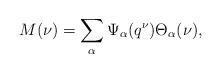
LaTeX: \begin{align*}M(\nu) = \sum_\alpha \Psi_\alpha(q^\nu) \Theta_\alpha(\nu),\end{align*}